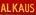
al